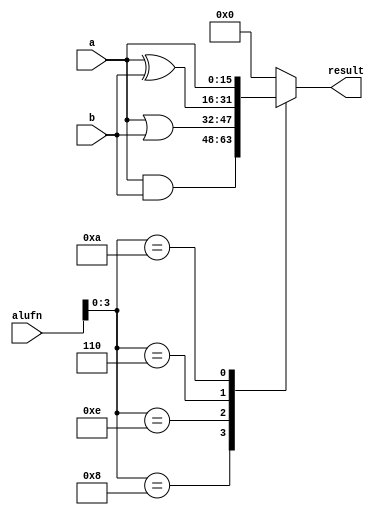
/*
   This file was generated automatically by Alchitry Labs version 1.2.1.
   Do not edit this file directly. Instead edit the original Lucid source.
   This is a temporary file and any changes made to it will be destroyed.
*/

module alu_boolean_9 (
    input [5:0] alufn,
    input [15:0] a,
    input [15:0] b,
    output reg [15:0] result
  );
  
  
  
  always @* begin
    
    case (alufn[0+3-:4])
      4'h8: begin
        result = a & b;
      end
      4'he: begin
        result = a | b;
      end
      4'h6: begin
        result = a ^ b;
      end
      4'ha: begin
        result = a;
      end
      default: begin
        result = 16'h0000;
      end
    endcase
  end
endmodule